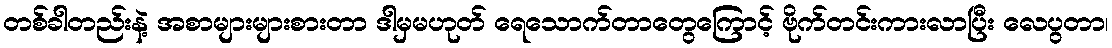
တစ်ခါတည်းနဲ့ အစာများများစားတာ ဒါမှမဟုတ် ရေသောက်တာတွေကြောင့် ဗိုက်တင်းကားလာပြီး လေပွတာ၊